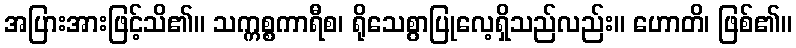
အပြားအားဖြင့်သိ၏။ သက္ကစ္စကာရီစ၊ ရိုသေစွာပြုလေ့ရှိသည်လည်း။ ဟောတိ၊ ဖြစ်၏။